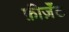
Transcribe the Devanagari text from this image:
फ़ीज़ॅंट